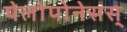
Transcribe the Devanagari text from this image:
पेलोपोनेसस्‌